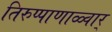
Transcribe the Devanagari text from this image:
तिरुप्पाणाळ्वार्